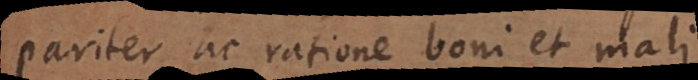
pariter ac ratione boni et mali.